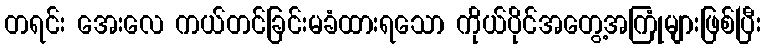
တရင်း အေးလေ ကယ်တင်ခြင်းမခံထားရသော ကိုယ်ပိုင်အတွေ့အကြုံများဖြစ်ပြီး